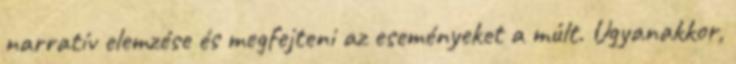
narratív elemzése és megfejteni az eseményeket a múlt. Ugyanakkor,